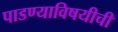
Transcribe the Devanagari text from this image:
पाडण्याविषयीची